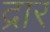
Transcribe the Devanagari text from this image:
द्रार